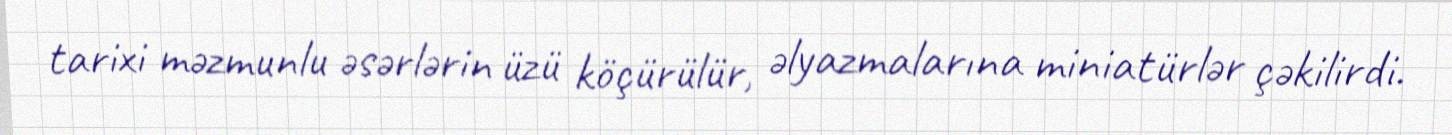
tarixi məzmunlu əsərlərin üzü köçürülür, əlyazmalarına miniatürlər çəkilirdi.